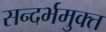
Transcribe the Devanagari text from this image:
सन्दर्भमुक्त